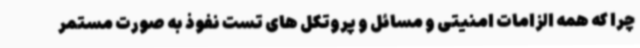
چرا که همه الزامات امنیتی و مسائل و پروتکل های تست نفوذ به صورت مستمر